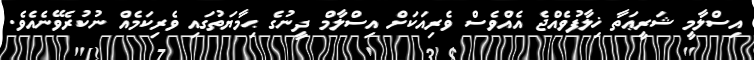
އިސްލާމީ ޝަރީޢަތާ ޚިލާފުވެއްޖެ އެއްވެސް ވެރިއަކަށް އިސްލާމް ދީނުގެ ޙިމާޔަތުގައި ވެރިކަމެއް ނުކުރެވޭނެއެވެ.